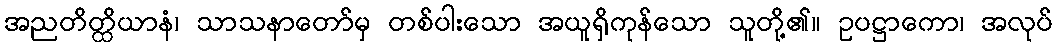
အညတိတ္ထိယာနံ၊ သာသနာတော်မှ တစ်ပါးသော အယူရှိကုန်သော သူတို့၏။ ဥပဋ္ဌာကော၊ အလုပ်